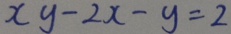
x y - 2 x - y = 2